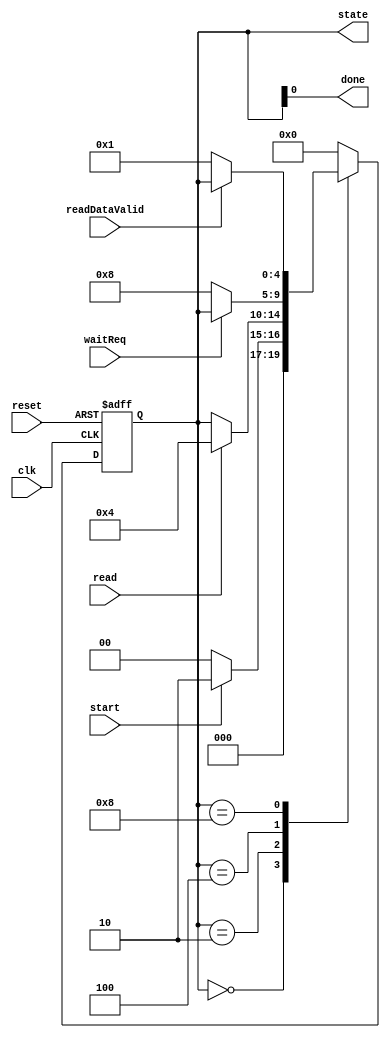
/* signals to pass in from top module:
flash_mem_write, flash_mem_burstcount, flash_mem_read,
flash_mem_address, flash_mem_writedata, and
flash_mem_byteenable. The outputs are
flash_mem_waitrequest, flash_mem_readdata, and
flash_mem_readdatavalid.
*/

module flashReadFsm(
clk, 
reset,
start,
read,
waitReq,
readDataValid,
state,
done
);

input clk, reset, start, read, waitReq, readDataValid;
output [4:0] state;
output reg done; //turn wire -> reg b/c modelsim don't like

reg [4:0] state;

/* The following state transition descriptions are per Figure 3.5 mnl_avalon_spec and Lecture 4a*/
parameter idle              = 4'b000_0; //idle state
parameter check_oper        = 4'b001_0; //master asserts address and read
parameter handle_read_op    = 4'b010_0; //slave captures data
parameter wait_read         = 4'b100_0; //slave asserts waitrequest
parameter finished          = 4'b000_1; //all done!

always @(posedge clk, posedge reset) begin
    if (reset) state <= idle;
    else begin
        case (state)
        idle:           if (start)     state <= check_oper;
                        else           state <= idle;
        check_oper:     if (read)      state <= handle_read_op;
        handle_read_op: if (!waitReq)  state <= wait_read;      //asssrt low since high => unable respond
        wait_read:      if (!readDataValid)  state <= finished; //assert low since high => there still memory avail
        finished:                      state <= idle;
        default:                       state <= idle;
        endcase
    end
end

always@(*) begin
    done = state[0];
end


endmodule